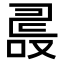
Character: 𠭵